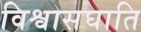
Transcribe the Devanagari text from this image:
विश्वासघाति